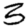
Digit: 3